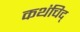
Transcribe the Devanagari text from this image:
कथंचिद्